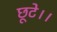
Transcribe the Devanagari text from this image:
छूटे।।